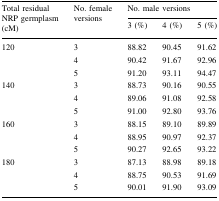
| <ROWSPAN=2> Total residual NRP germplasm (cM) | <ROWSPAN=2> No. female versions | <COLSPAN=3> No. male versions |
 | 3 (%) | 4 (%) | 5 (%) |
 | --- | --- | --- | --- | --- |
 | <ROWSPAN=3> 120 | 3 | 88.82 | 90.45 | 91.62 |
 | 4 | 90.42 | 91.67 | 92.96 |
 | 5 | 91.20 | 93.11 | 94.47 |
 | <ROWSPAN=3> 140 | 3 | 88.73 | 90.16 | 90.55 |
 | 4 | 89.06 | 91.08 | 92.58 |
 | 5 | 91.00 | 92.80 | 93.76 |
 | <ROWSPAN=3> 160 | 3 | 88.15 | 89.10 | 89.89 |
 | 4 | 88.95 | 90.97 | 92.37 |
 | 5 | 90.27 | 92.65 | 93.22 |
 | <ROWSPAN=3> 180 | 3 | 87.13 | 88.98 | 89.18 |
 | 4 | 88.75 | 90.53 | 91.69 |
 | 5 | 90.01 | 91.90 | 93.09 |